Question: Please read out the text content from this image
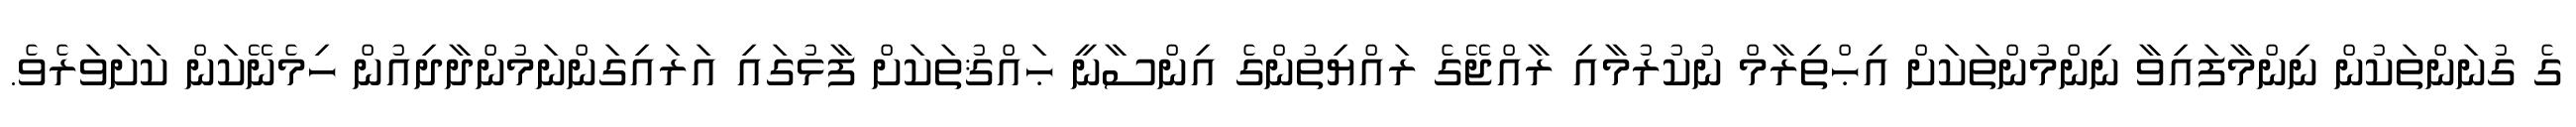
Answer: ގެ ގުނަންތަކުން ނިންމާފައިވާ ނިންމުންތަކަށް އިޙްތިރާމް ނުކުރުމާއި ރާއްޖޭގެ ރައްޔިތުންގެ އިންސާނީ ޙައްޤުތަކަށް ފާޅުގައި އަރައިގަންނަމުންދާދިއުން ހިމެނޭކަން ކަށަވަރެވެ.